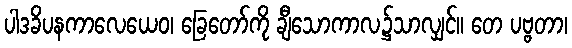
ပါဒခိပနကာလေယေဝ၊ ခြေတော်ကို ချီသောကာလ၌သာလျှင်။ တေ ပဗ္ဗတာ၊